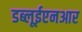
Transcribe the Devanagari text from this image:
डब्लूईएनआर